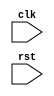
module my_module (
    input clk,
    input rst,
    // other input and output ports here
);

// register declaration
reg [7:0] data_reg;

// Always block for positive edge of clock and negative edge of reset
always @ (posedge clk, negedge rst) begin
    if (~rst) begin
        // reset operation here
        data_reg <= 8'h00; // reset data_reg to 0
    end else begin
        // positive edge of clock operation here
        // sequential logic implementation
        data_reg <= data_reg + 8'h01; // increment data_reg by 1
    end
end

// other combinational and sequential logic here

endmodule